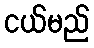
ငယ်မည်